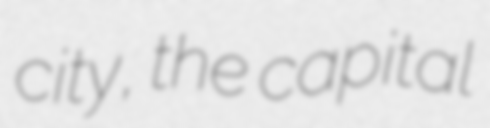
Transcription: city, the capital